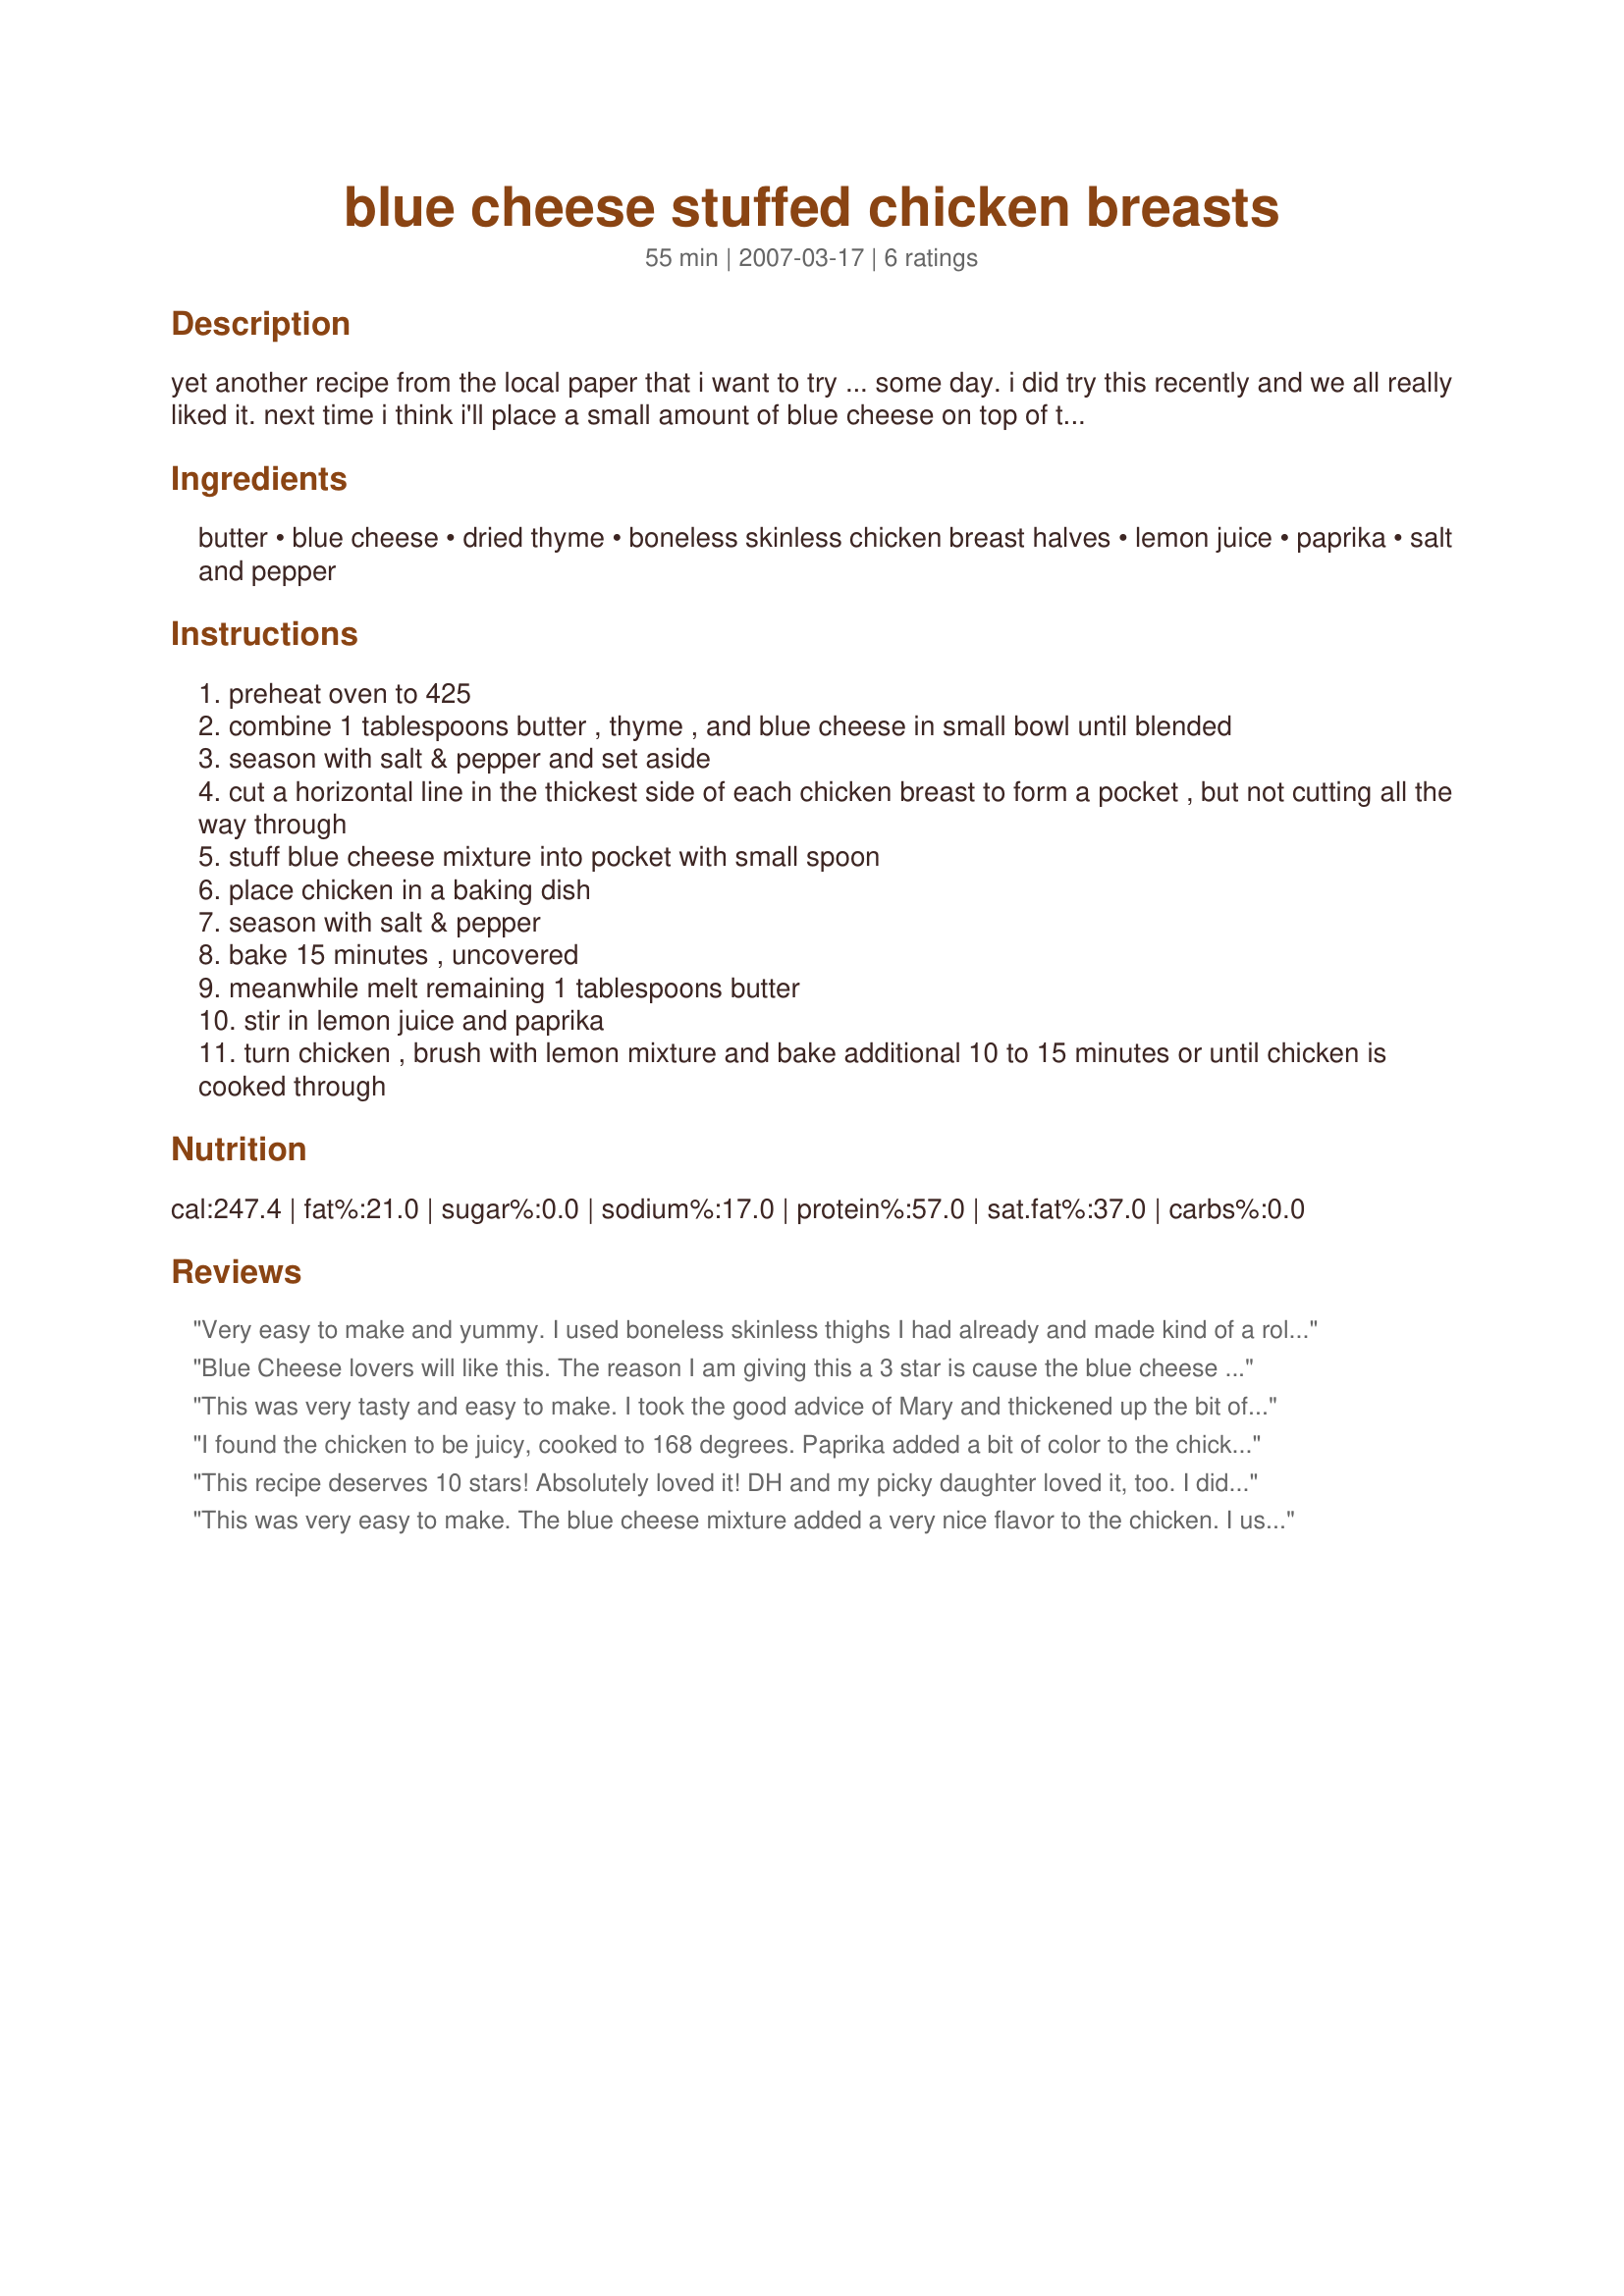
blue cheese stuffed chicken breasts
Preparation time: 55 minutes

yet another recipe from the local paper that i want to try ... some day. i did try this recently and we all really liked it. next time i think i'll place a small amount of blue cheese on top of the chicken when it comes out of the oven and is served. the cheese/butter mixture melts during cooking and even though the flavor is wonderful, everyone said more cheese on top would be nice. also, i think the little bit of sauce that there is, would be nice thickened and spooned over the chicken too. let me know what you think.

Ingredients:
butter, blue cheese, dried thyme, boneless skinless chicken breast halves, lemon juice, paprika, salt and pepper

Steps:
preheat oven to 425
combine 1 tablespoons butter , thyme , and blue cheese in small bowl until blended
season with salt & pepper and set aside
cut a horizontal line in the thickest side of each chicken breast to form a pocket , but not cutting all the way through
stuff blue cheese mixture into pocket with small spoon
place chicken in a baking dish
season with salt & pepper
bake 15 minutes , uncovered
meanwhile melt remaining 1 tablespoons butter
stir in lemon juice and paprika
turn chicken , brush with lemon mixture and bake additional 10 to 15 minutes or until chicken is cooked through

Reviews:
Very easy to make and yummy. I used boneless skinless thighs I had already and made kind of a roll up with the filling and used toothpicks to hold in place since they were thin. I also added diced baby portobellos to the stuffing. After cooking the chicken, I also made a reduction sauce transferring drippings to saute pan and added more bleu cheese (what I had left which wasn&#039;t much), diced portobellos and water with cornstarch to thicken. I put blue cheese crumbles on top the chicken then poured reduction sauce over. (I love bleu cheese but my blue cheese wasn&#039;t not a very stout one.)&lt;br/&gt;I was very pleased with this recipe and how simple and easy it was to make it.
Blue Cheese lovers will like this. The reason I am giving this a 3 star is cause the blue cheese I used was a bit to strong we think, other than that the chicken was good. (Rosenborg Danish Blue Cheese is what I used)
 I added some chopped onion in the mixture and some black pepper and I used seasoning salt and more black pepper on top of chicken breast along with the lemon (I used fresh lemon) and paprika. 
Thanks for sharing the recipe.
This was very tasty and easy to make. I took the good advice of Mary and thickened up the bit of sauce that there is after cooking. While the chicken was cooking after being turned, I added 1 tsp of cornstarch to 3 tsp of cool water, mixed and let it sit. When the chicken was done, I put the cooked breasts on a plate and added a thin slice of blue cheese to each piece and covered. Then I set the pan on the stove top and added about a half cup or so of dry white wine (pinot grigio)and brought that to a boil which loosened up the flavourful bits on the bottom of the pan. Then I gave the cornstarch mixture a stir and added it stirring constantly until it thickened up - about one minute. Created a very tasty reduction sauce which I spooned over the chicken breasts before serving. You could use chicken stock instead of the wine to make the reduction sauce. Next time I think I'll use a mixture of half a cup of wine and half a cup of chicken stock. Also, next time I'll only add extra slices of the blue cheese to those that have had blue cheese before and not to the rest. It's definitely an acquired taste. I served this with a salad of baby greens and fresh lightly steamed asparagus with Lemon Dijon Salad Dressing #213686 lightly spooned over both. And potatoes' boiled with 1 tsp of chopped garlic, drained and added 1 Tbsp of butter to.
I found the chicken to be juicy, cooked to 168 degrees. Paprika added a bit of color to the chicken, which it needed. The &quot;stuffing&quot; had a strong salty flavor from the Roquefort I used. Of course, the butter and cheese melted out, and I think I'd prefer a variety of textures and an actual stuffing. I used fresh thyme instead of dried as I have it growing. After reading the reviews I crumbled more cheese on top, spooned a little of the pan drippings (butter and cheese) over the breasts, and topped with a bit of thyme. Were I to make this again, I would bread the chicken and fortify the stuffing with additional ingredients.
This recipe deserves 10 stars! Absolutely loved it! DH and my picky daughter loved it, too. I did tweak it a tiny bit: I sauteed some mushrooms and onions and mixed them with the bleu cheese. DH said it's the best chicken he's ever eaten. Thanks for a terrific recipe!
This was very easy to make. The blue cheese mixture added a very nice flavor to the chicken. I used a strong blue cheese, and it was perfect, I didn't need to add any extra to the top. I think the next time we make it I will double and thicken the sauce, it added a nice touch to the end product. My 12 year old suggested the next time I make it that I add some garlic or onion to the cheese mixture. Thanks for posting the recipe Mary K. W.
